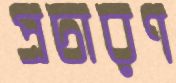
প্রচারণ